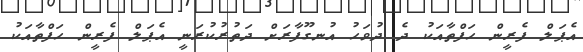
އެޕަލް ފެރީން ހަފްތާއަކު ދެ ދުވަހު އުނގޫފާރަށް ދަތުރުކުރަނީ އެޕަލް ފެރީން ހަފްތާއަކު